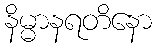
နိမ္မာနရတိနော